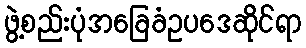
ဖွဲ့စည်းပုံအခြေခံဥပဒေဆိုင်ရာ